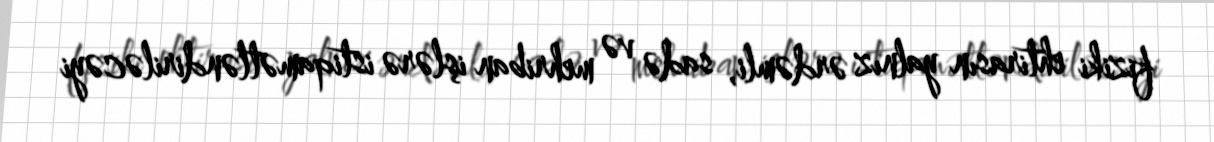
fiziki ehtirasın yalnız ərdəmli, sadə və mehriban işlərə istiqamətləndiriləcəyi